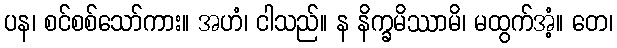
ပန၊ စင်စစ်သော်ကား။ အဟံ၊ ငါသည်။ န နိက္ခမိဿာမိ၊ မထွက်အံ့။ တေ၊